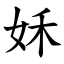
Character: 姀